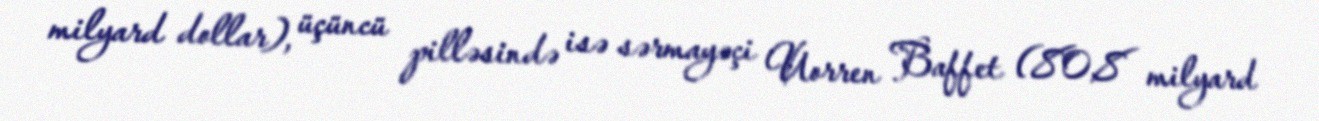
milyard dollar), üçüncü pilləsində isə sərmayəçi Uorren Baffet (80,8 milyard